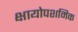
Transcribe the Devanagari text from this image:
क्षायोपशमिक